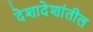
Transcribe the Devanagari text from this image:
देशादेशांतील